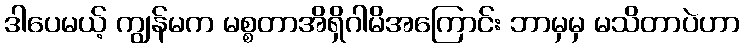
ဒါပေမယ့် ကျွန်မက မစ္စတာအိရှိဂါမိအကြောင်း ဘာမှမှ မသိတာပဲဟာ